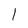
Character: 1